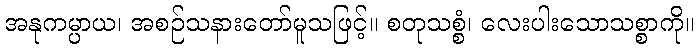
အနုကမ္ပာယ၊ အစဉ်သနားတော်မူသဖြင့်။ စတုသစ္စံ၊ လေးပါးသောသစ္စာကို။